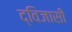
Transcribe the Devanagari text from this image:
द्विजासी